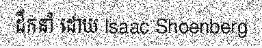
ដឹកនាំ ដោយ lsaac Shoenberg